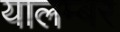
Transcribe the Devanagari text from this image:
यालम्बर